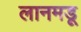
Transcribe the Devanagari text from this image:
लानमडू